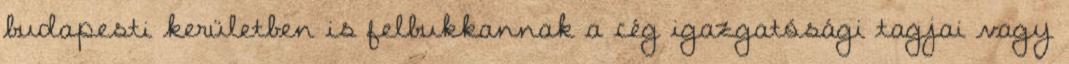
budapesti kerületben is felbukkannak a cég igazgatósági tagjai vagy